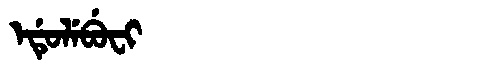
Manchu: ᡝᡩᡠᠯᡝᠪᡠᠸᡳ
Romanization: EDULEBUFI